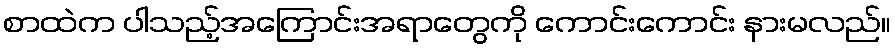
စာထဲက ပါသည့်အကြောင်းအရာတွေကို ကောင်းကောင်း နားမလည်။